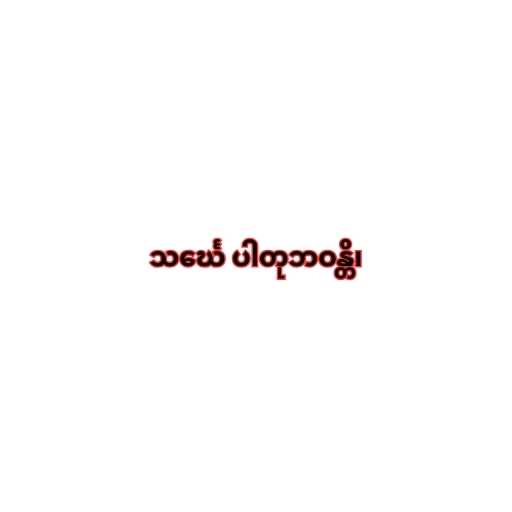
သင်္ဃေ ပါတုဘဝန္တိ၊